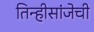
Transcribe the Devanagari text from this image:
तिन्हीसांजेची